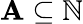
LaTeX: \mathbf{A}\subseteq\mathbb{{N}}